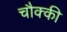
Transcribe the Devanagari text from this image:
चौक्की